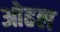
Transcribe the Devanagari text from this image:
ओढल